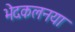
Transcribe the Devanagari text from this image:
भेदकलनया